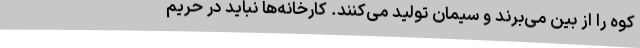
کوه را از بین می‌برند و سیمان تولید می‌کنند. کارخانه‌ها نباید در حریم